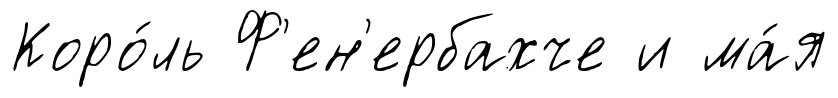
Коро́ль Ф'ен'ербахче и ма́я